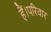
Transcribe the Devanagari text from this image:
हैं।परिवार